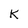
Character: K